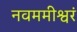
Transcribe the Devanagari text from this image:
नवममीश्वरं